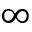
\infty